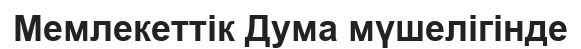
Мемлекеттік Дума мүшелігінде